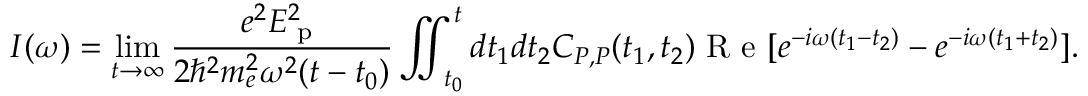
I ( \omega ) = \operatorname* { l i m } _ { t \rightarrow \infty } \frac { e ^ { 2 } E _ { \textrm { p } } ^ { 2 } } { 2 \hbar ^ { 2 } m _ { e } ^ { 2 } \omega ^ { 2 } ( t - t _ { 0 } ) } \iint _ { t _ { 0 } } ^ { t } d t _ { 1 } d t _ { 2 } C _ { P , P } ( t _ { 1 } , t _ { 2 } ) \textrm { R e } [ e ^ { - i \omega ( t _ { 1 } - t _ { 2 } ) } - e ^ { - i \omega ( t _ { 1 } + t _ { 2 } ) } ] .